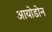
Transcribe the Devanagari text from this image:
आयोडोन